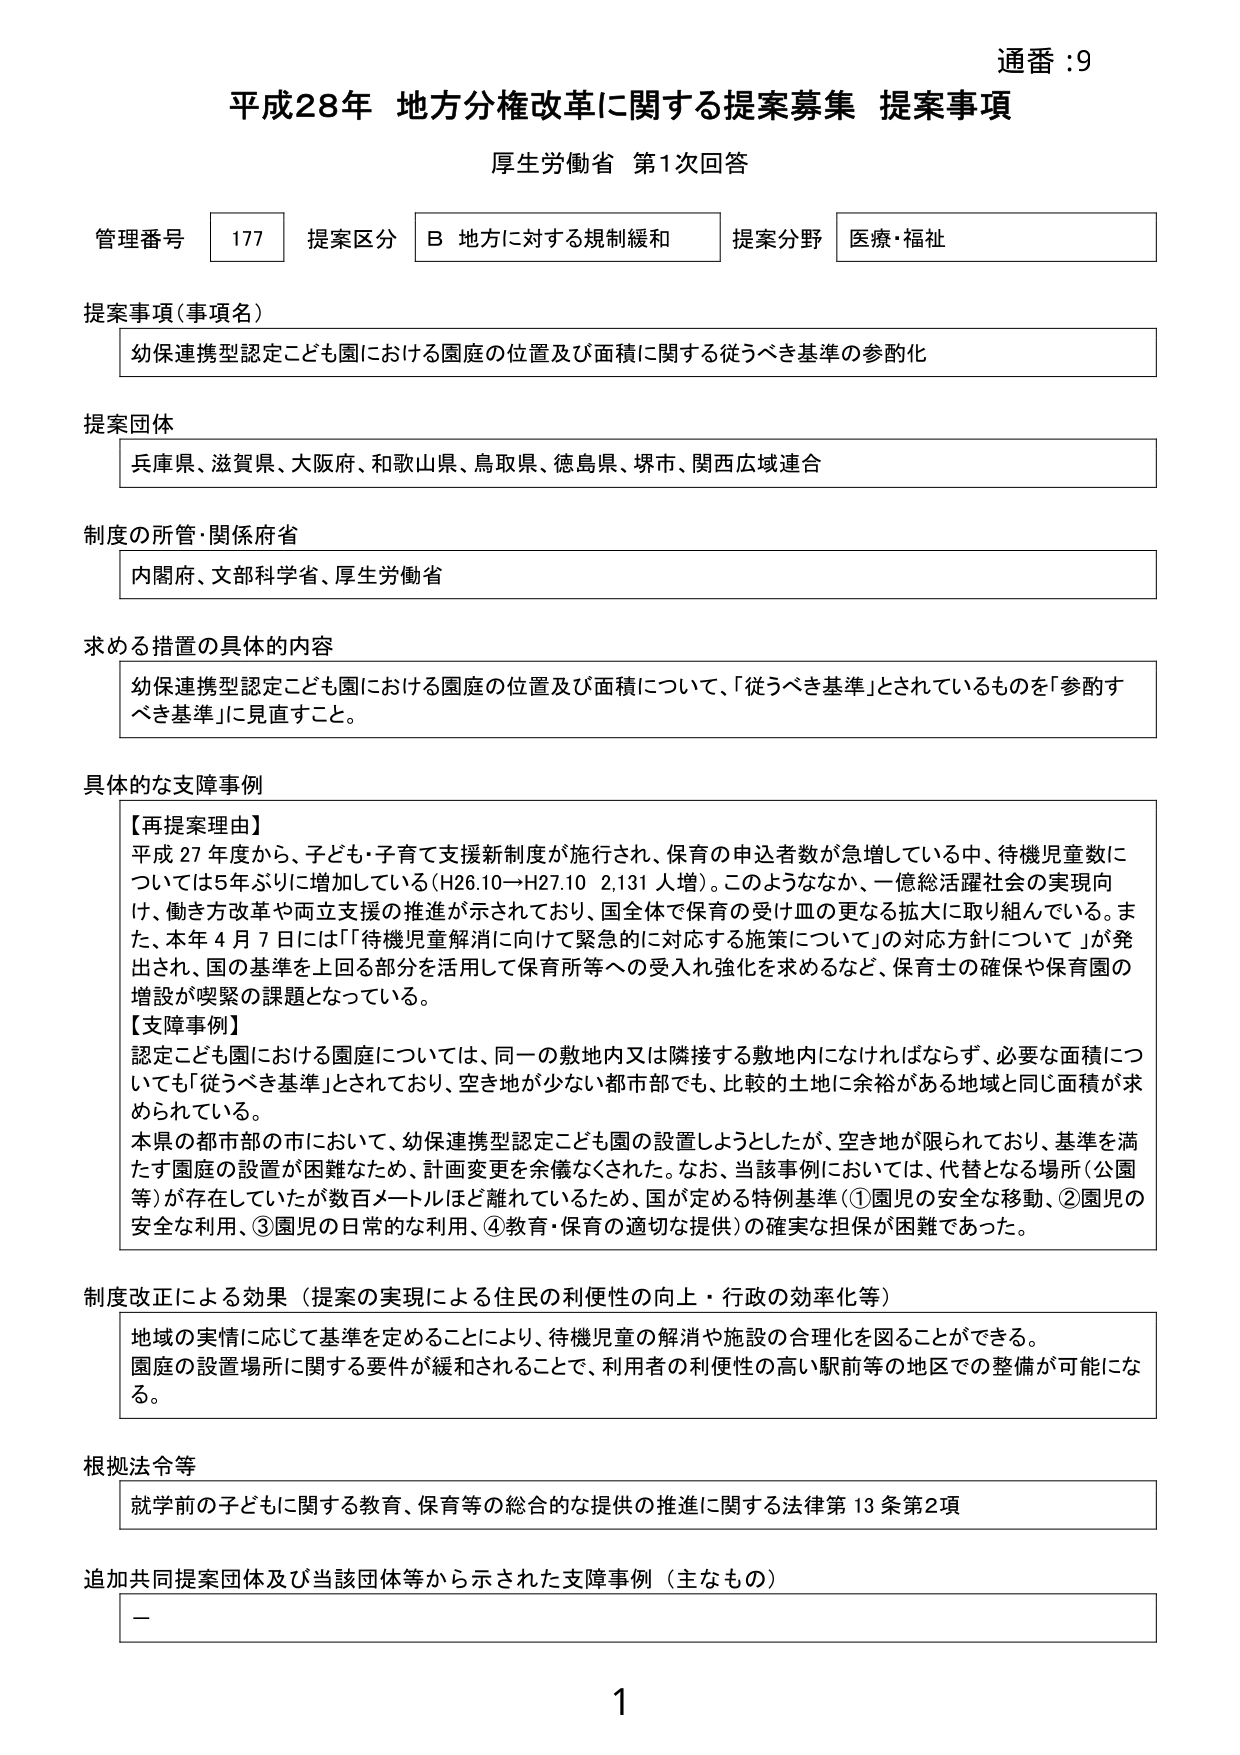
通番：9
平成28年 地方分権改革に関する提案募集 提案事項
厚生労働省 第1次回答

管理番号 177 提案区分 B 地方に対する規制緩和 提案分野 医療・福祉

提案事項（事項名）
幼保連携型認定こども園における園庭の位置及び面積に関する従うべき基準の参酌化

提案団体
兵庫県、滋賀県、大阪府、和歌山県、鳥取県、徳島県、堺市、関西広域連合

制度の所管・関係府省
内閣府、文部科学省、厚生労働省

求める措置の具体的内容
幼保連携型認定こども園における園庭の位置及び面積について、「従うべき基準」とされているものを「参酌すべき基準」に見直すこと。

具体的な支障事例
【再提案理由】
平成27年度から、子ども・子育て支援新制度が施行され、保育の申込者数が急増している中、待機児童数については5年ぶりに増加している（H26.10→H27.10 2,131人増）。このようななか、一億総活躍社会の実現向け、働き方改革や両立支援の推進が示されており、国全体で保育の受け皿の更なる拡大に取り組んでいる。また、本年4月7日には「待機児童解消に向けて緊急的に対応する施策について」の対応方針について」が発出され、国の基準を上回る部分を活用して保育所等への受入れ強化を求めるなど、保育士の確保や保育園の増設が喫緊の課題となっている。
【支障事例】
認定こども園における園庭については、同一の敷地内又は隣接する敷地内になければならず、必要な面積についてはも「従うべき基準」とされており、空き地が少ない都市部でも、比較的土地に余裕がある地域と同じ面積が求められている。
本県の都市部の市において、幼保連携型認定こども園の設置しようとしたが、空き地が限られており、基準を満たす園庭の設置が困難なため、計画変更を余儀なくされた。なお、当該事例においては、代替となる場所（公園等）が存在していたが数百メートルほど離れているため、国が定める特例基準（①園児の安全な移動、②園児の安全な利用、③園児の日常的な利用、④教育・保育の適切な提供）の確実な担保が困難であった。

制度改正による効果（提案の実現による住民の利便性の向上・行政の効率化等）
地域の実情に応じて基準を定めることにより、待機児童の解消や施設の合理化を図ることができる。
園庭の設置場所に関する要件が緩和されることで、利用者の利便性の高い駅前等の地区での整備が可能になる。

根拠法令等
就学前の子どもに関する教育、保育等の総合的な提供の推進に関する法律第13条第2項

追加共同提案団体及び当該団体等から示された支障事例（主なもの）
－

1